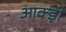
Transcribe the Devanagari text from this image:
आक्ड़ों